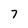
Character: 7